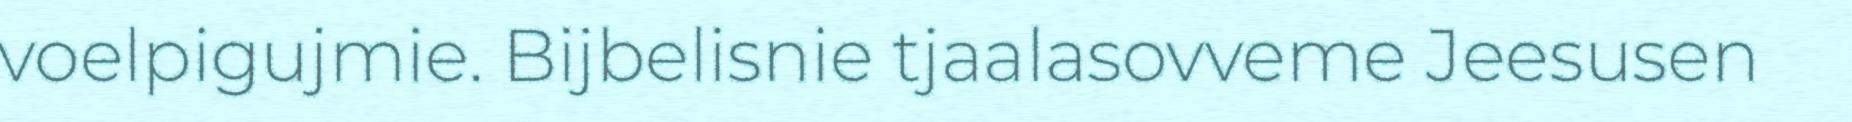
voelpigujmie. Bijbelisnie tjaalasovveme Jeesusen